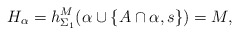
\begin{align*}H_\alpha = h^M_{\Sigma_1}(\alpha\cup\{ A\cap\alpha, s\}) = M,\end{align*}